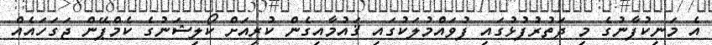
އެ މަނިކުފާނުގެ މި ދަތުރުފުޅުގައި ފުވައްމުލަކުގައި ޤައުމާއިގެން ކުރިއަށް ކޯލިޝަނުގެ ކެމްޕޭން ޖަގަހައެއް